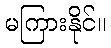
မကြားနိုင်။